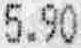
5.90